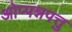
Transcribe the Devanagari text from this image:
ओप्पन्नपत्तु